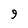
Character: 9